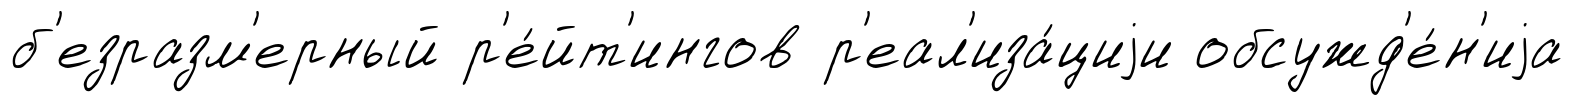
б'езразм'ерный р'е́йт'ингов р'еал'иза́циjи обсужд'е́н'иjа